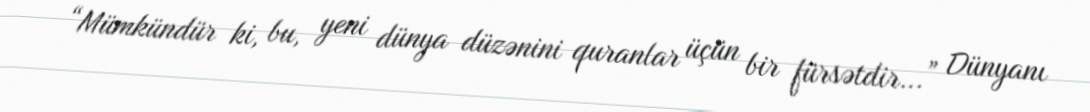
“Mümkündür ki, bu, yeni dünya düzənini quranlar üçün bir fürsətdir...” Dünyanı